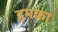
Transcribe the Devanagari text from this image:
हमका